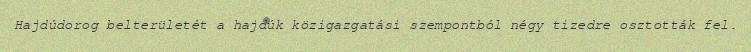
Hajdúdorog belterületét a hajdúk közigazgatási szempontból négy tizedre osztották fel.